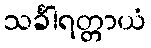
သင်္ခါရတ္တာယံ